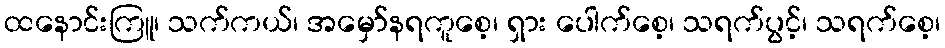
ထနောင်းကြူ၊ သက်ကယ်၊ အမှော်နရကူစေ့၊ ရှား ပေါက်စေ့၊ သရက်ပွင့်၊ သရက်စေ့၊